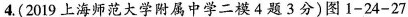
4.(2019上海师范大学附属中学二模4题3分)图1-24-27